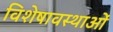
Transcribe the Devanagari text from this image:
विशेषावस्थाओं